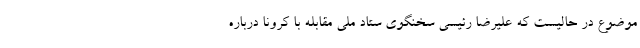
موضوع در حالیست که علیرضا رئیسی سخنگوی ستاد ملی مقابله با کرونا درباره